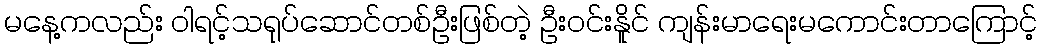
မနေ့ကလည်း ဝါရင့်သရုပ်ဆောင်တစ်ဦးဖြစ်တဲ့ ဦးဝင်းနိူင် ကျန်းမာရေးမကောင်းတာကြောင့်